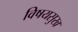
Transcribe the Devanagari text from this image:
विषयसुख